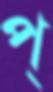
প্